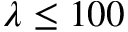
\lambda \leq 1 0 0